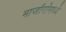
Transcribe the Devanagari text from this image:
मार्जारांमध्ये